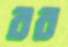
রব